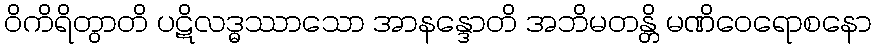
ဝိကိရိတွာတိ ပဋိလဒ္ဓဿာသော အာနန္ဒောတိ အဘိမတန္တိ မဏိဝေရောစနော